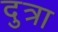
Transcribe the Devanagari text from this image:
दुत्रा